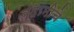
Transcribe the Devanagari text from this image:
बदामीचे